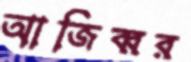
আজিব্বর